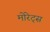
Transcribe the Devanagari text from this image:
मोरेट्स